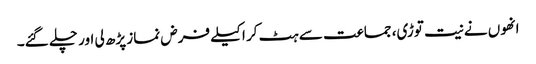
انھوں نے نیت توڑی، جماعت سے ہٹ کر اکیلے فرض نماز پڑھ لی اور چلے گئے۔